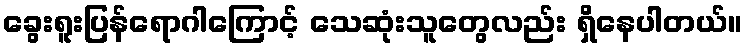
ခွေးရူးပြန်ရောဂါကြောင့် သေဆုံးသူတွေလည်း ရှိနေပါတယ်။